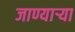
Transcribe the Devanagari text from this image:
जाण्यार्‍या